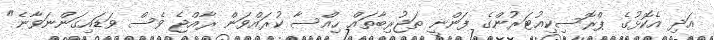
އަދި އެކޮޅުގެ ޕްރޮސިކިއުޓަރުންގެ ފަންނީ ތަޖުރިބާތައް ހިއްސާ ކުރައްވަން ރާއްޖެ ވެސް ވަޑައިގަންނަވާނެ"